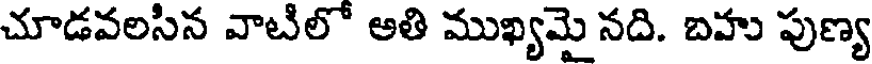
చూడవలసిన వాటిలో ఆతి ముఖ్యమై నది. బహు పుణ్య